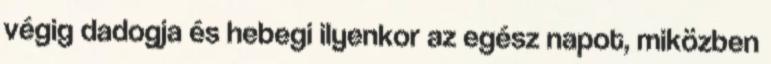
végig dadogja és hebegi ilyenkor az egész napot, miközben